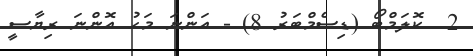
2  ކޮލަމްބޯ (ޑިސެމްބަރު 8) - އަންނަ މަހު އޮންނަ ރިޔާސީ